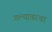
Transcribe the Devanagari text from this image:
गल्यावरचा